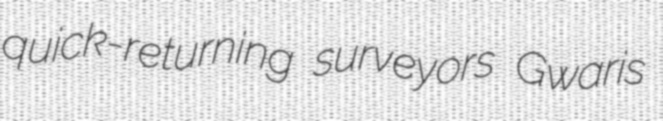
quick-returning surveyors Gwaris